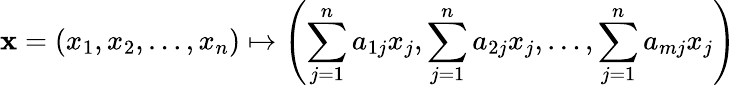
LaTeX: \mathbf{x}=(x_{1},x_{2},\ldots,x_{n})\mapsto\left(\sum_{j=1}^{n}a_{1j}x_{j},\sum_{j=1}^{n}a_{2j}x_{j},\ldots,\sum_{j=1}^{n}a_{mj}x_{j}\right)